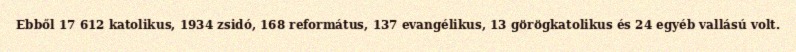
Ebből 17 612 katolikus, 1934 zsidó, 168 református, 137 evangélikus, 13 görögkatolikus és 24 egyéb vallású volt.